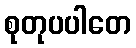
စုတုပပါတေ